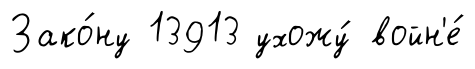
Зако́ну 13913 ухожу́ войн'е́